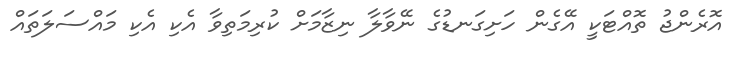
އޮރެންޖު ތޮއްޓަކީ އޭގެން ހަށިގަނޑުގެ ނޭވާލާ ނިޒާމަށް ކުރިމަތިވާ އެކި އެކި މައްސަލަތައް